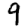
Digit: 9